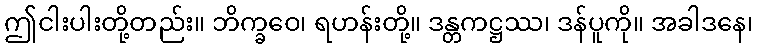
ဤငါးပါးတို့တည်း။ ဘိက္ခဝေ၊ ရဟန်းတို့။ ဒန္တကဋ္ဌဿ၊ ဒန်ပူကို။ အခါဒနေ၊